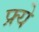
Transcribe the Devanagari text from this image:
फ्र्ये